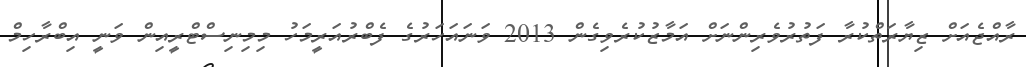
ރާއްޖެއަށް ޒިޔާރަތްކުރާ ފަތުރުވެރިންނަށް އަމާޒުކުރެވިގެން 2013 ވަނައަހަރުގެ ފެބްރުއަރީމަހު މިމިނިސްޓްރީއިން ވަނީ އިބްރާހިމް